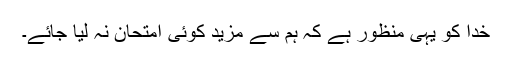
خدا کو یہی منظور ہے کہ ہم سے مزید کوئی امتحان نہ لیا جائے۔